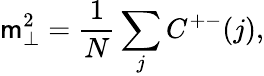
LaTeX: \mathsf{m}_{\perp}^{2}=\frac{{1}}{{N}}\sum_{j}C^{+-}(j),